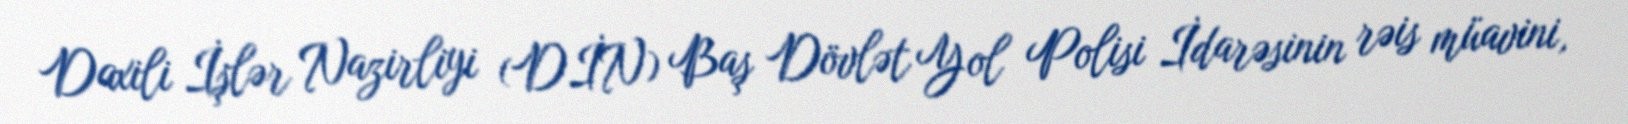
Daxili İşlər Nazirliyi (DİN) Baş Dövlət Yol Polisi İdarəsinin rəis müavini,